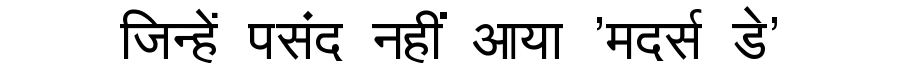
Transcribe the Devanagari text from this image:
जिन्हें पसंद नहीं आया 'मदर्स डे'